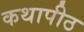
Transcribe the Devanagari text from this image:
कथापीठ